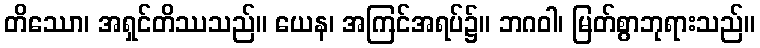
တိဿော၊ အရှင်တိဿသည်။ ယေန၊ အကြင်အရပ်၌။ ဘဂဝါ၊ မြတ်စွာဘုရားသည်။